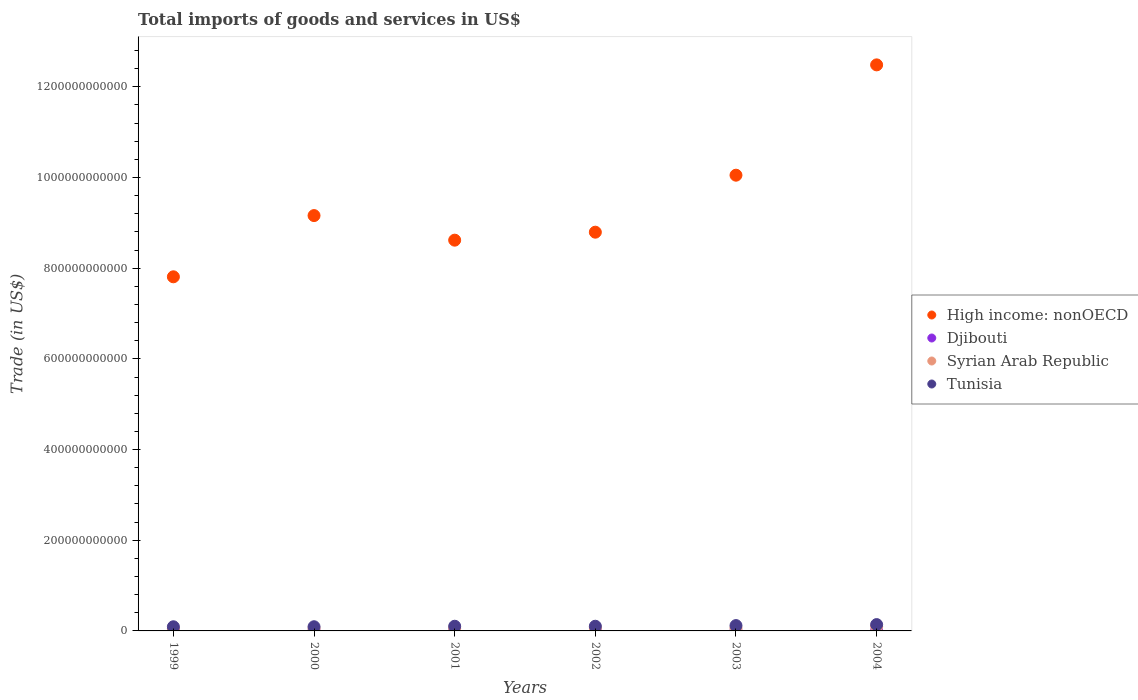
| Years | High income: nonOECD | Djibouti | Syrian Arab Republic | Tunisia |
 | --- | --- | --- | --- | --- |
 | 1999 | 7.81e+11 | 2.59e+08 | 5.08e+09 | 9.16e+09 |
 | 2000 | 9.16e+11 | 2.78e+08 | 5.52e+09 | 9.21e+09 |
 | 2001 | 8.62e+11 | 2.62e+08 | 6.17e+09 | 1.03e+10 |
 | 2002 | 8.79e+11 | 2.59e+08 | 6.59e+09 | 1.03e+10 |
 | 2003 | 1.01e+12 | 3.05e+08 | 6.24e+09 | 1.18e+10 |
 | 2004 | 1.25e+12 | 3.61e+08 | 9.99e+09 | 1.39e+10 |